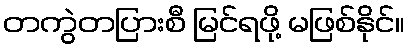
တကွဲတပြားစီ မြင်ရဖို့ မဖြစ်နိုင်။